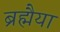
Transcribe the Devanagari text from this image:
ब्रह्मैया